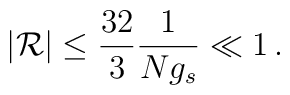
\vert {\cal R} \vert \le \frac{32}{3} \frac{1}{N g_s} \ll 1\,.